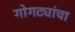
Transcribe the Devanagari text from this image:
गोगट्यांचा